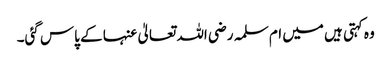
وہ کہتی ہیں میں ام سلمہ رضی اللہ تعالیٰ عنہا کے پاس گئی۔